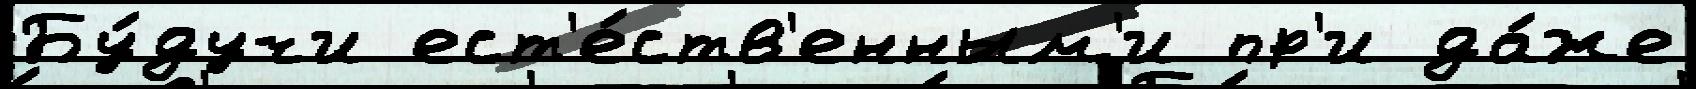
Бу́дучи ест'е́ств'енным'и пр'и да́же